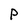
Character: P